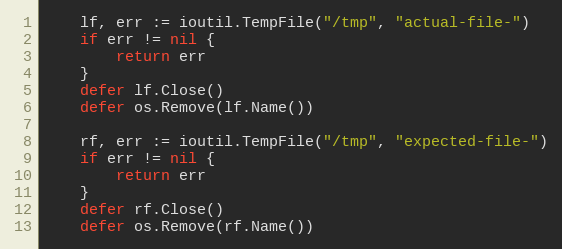
Language: Go
	lf, err := ioutil.TempFile("/tmp", "actual-file-")
	if err != nil {
		return err
	}
	defer lf.Close()
	defer os.Remove(lf.Name())

	rf, err := ioutil.TempFile("/tmp", "expected-file-")
	if err != nil {
		return err
	}
	defer rf.Close()
	defer os.Remove(rf.Name())